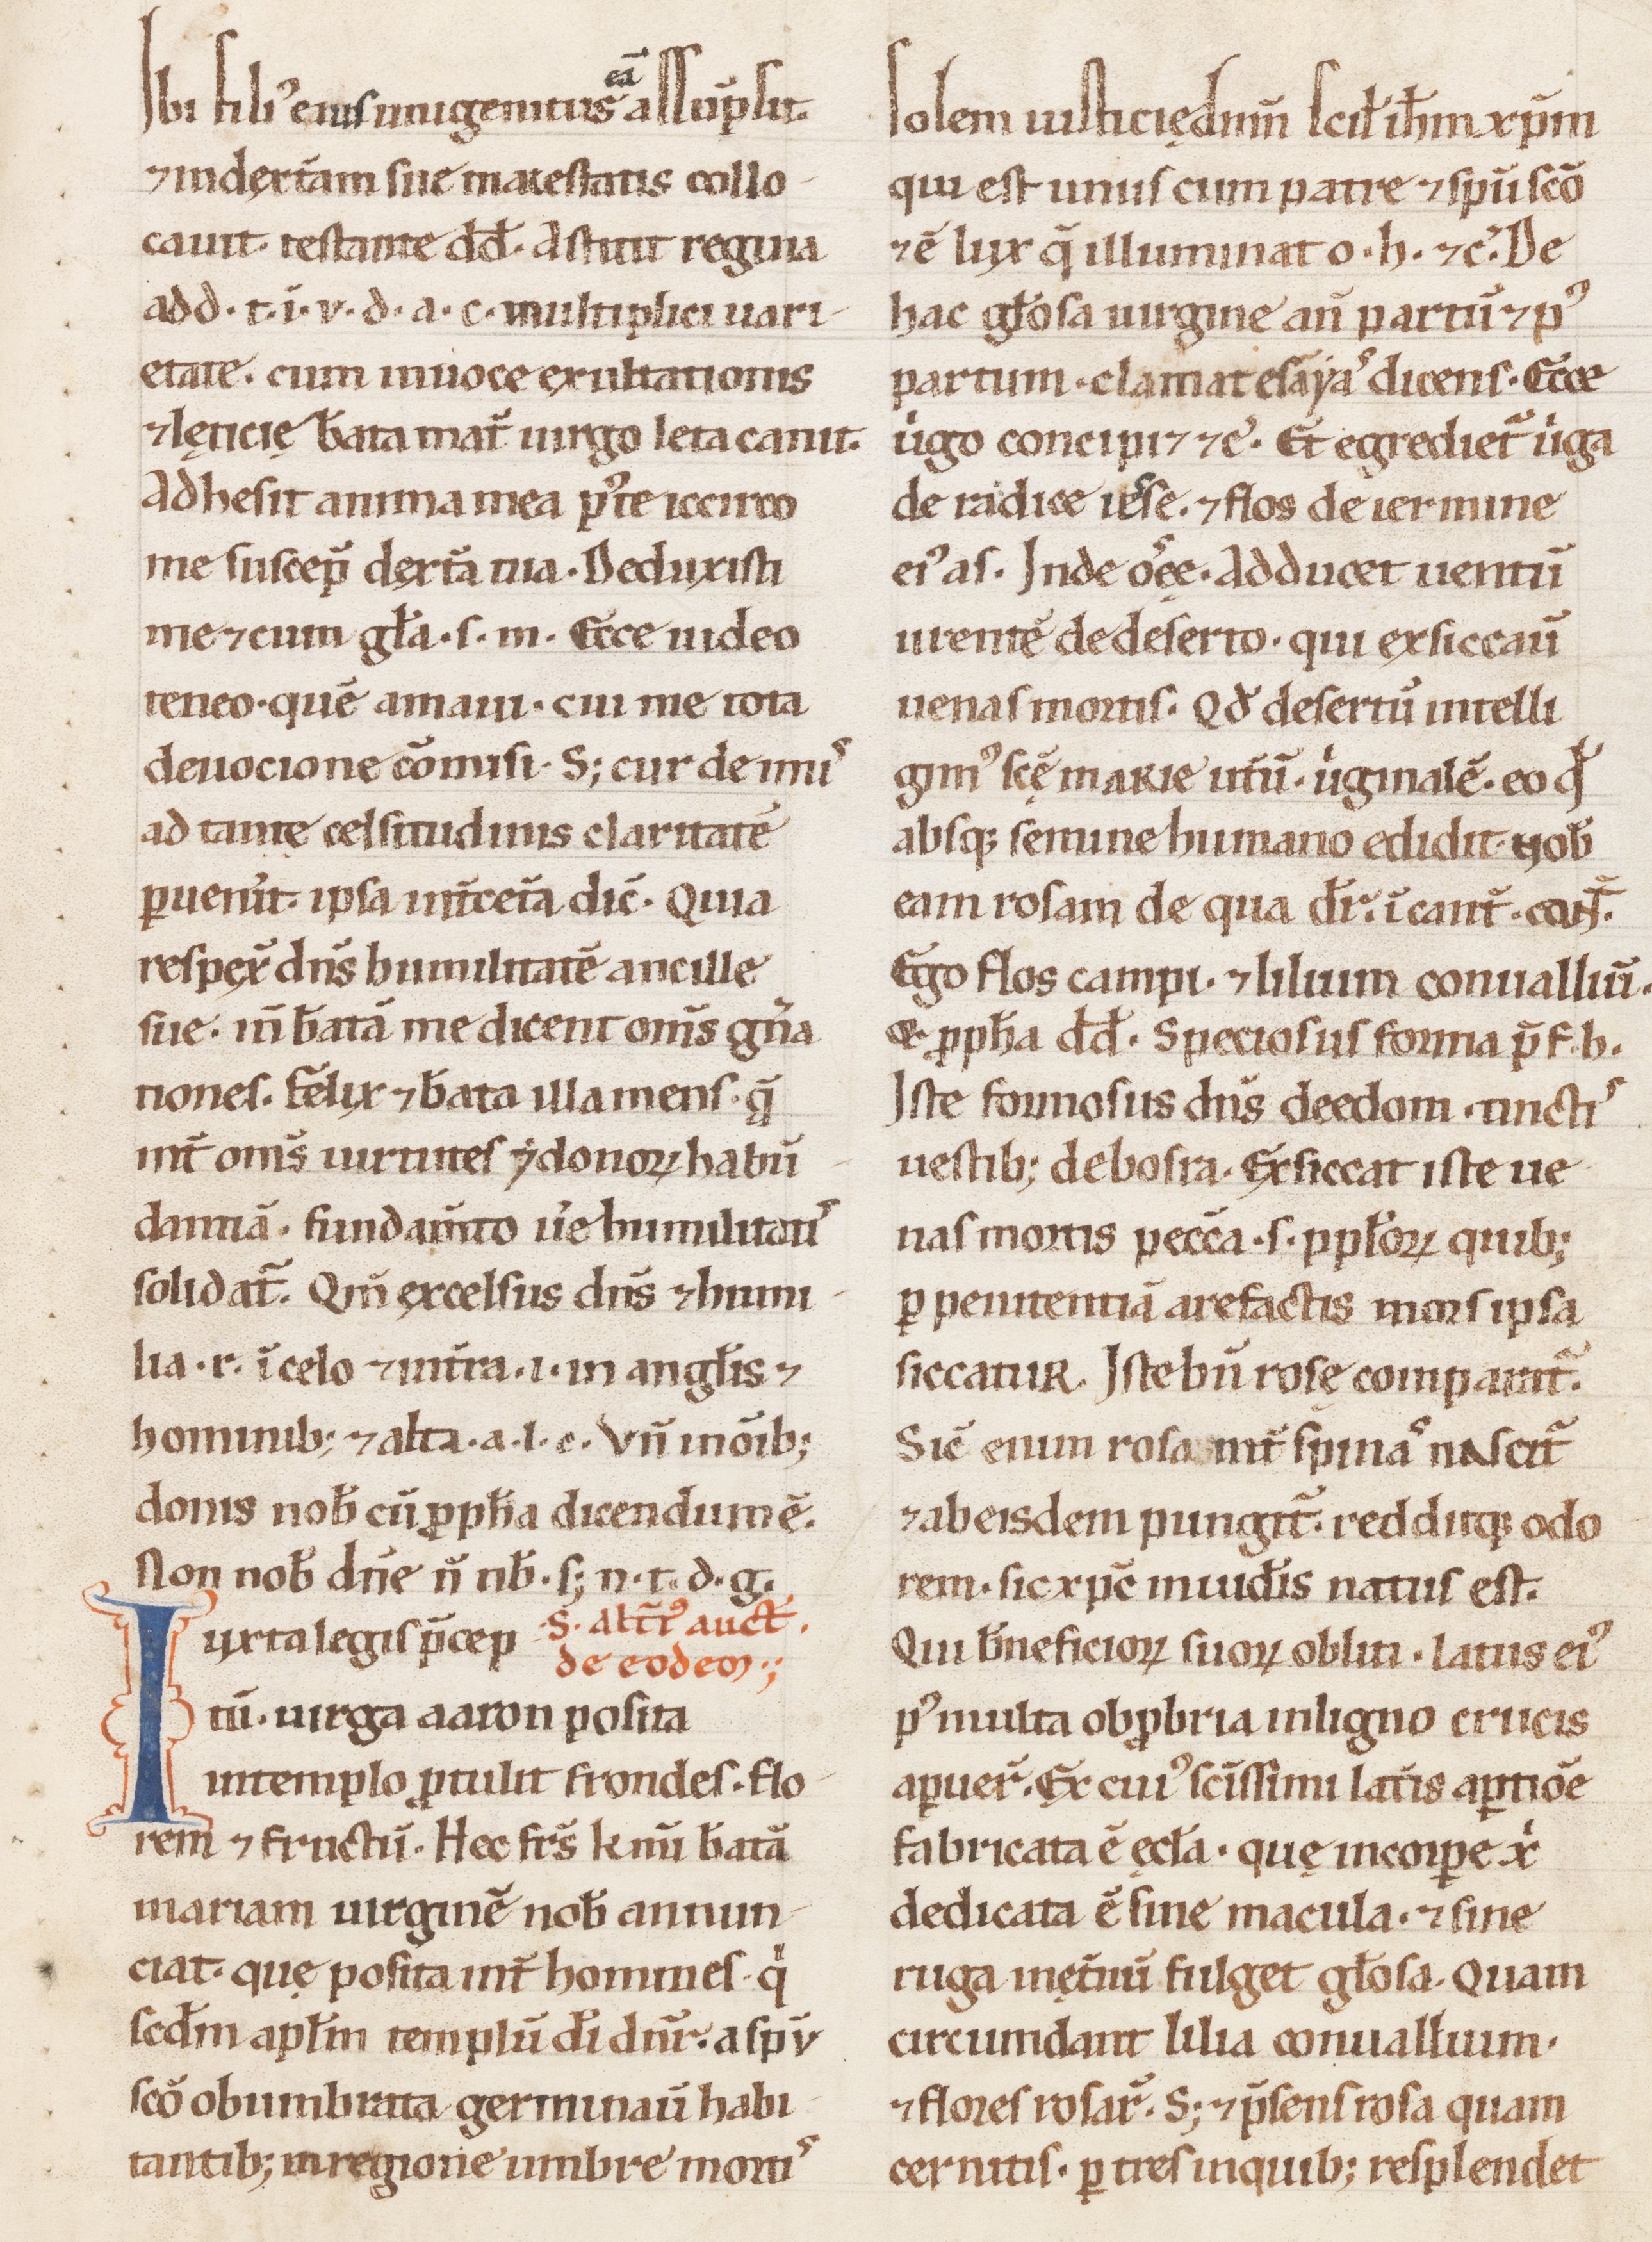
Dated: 1100–1199